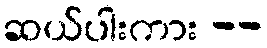
ဆယ်ပါးကား --